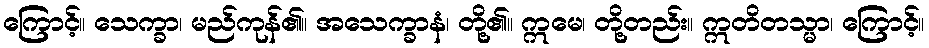
ကြောင့်။ သေက္ခာ၊ မည်ကုန်၏။ အသေက္ခာနံ၊ တို့၏။ ဣမေ၊ တို့တည်း။ ဣတိတသ္မာ၊ ကြောင့်။